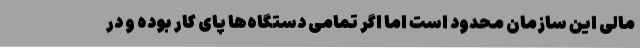
مالی این سازمان محدود است اما اگر تمامی دستگاه‌ها پای کار بوده و در